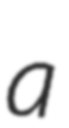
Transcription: a